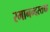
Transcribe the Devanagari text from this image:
रमानन्दस्तथा